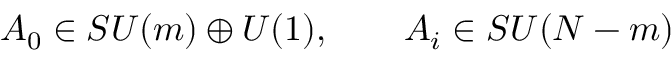
A _ { 0 } \in S U ( m ) \oplus U ( 1 ) , \qquad A _ { i } \in S U ( N - m )